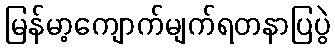
မြန်မာ့ကျောက်မျက်ရတနာပြပွဲ